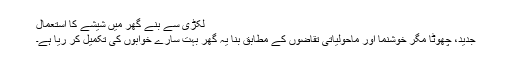
لکڑی سے بنے گھر میں شیشے کا استعمال
جدید، چھوٹا مگر خوشنما اور ماحولیاتی تقاضوں کے مطابق بنا یہ گھر بہت سارے خوابوں کی تکمیل کر ریا ہے۔